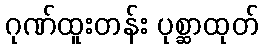
ဂုဏ်ထူးတန်း ပုစ္ဆာထုတ်